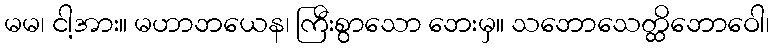
မမ၊ ငါ့အား။ မဟာဘယေန၊ ကြီးစွာသော ဘေးမှ။ သဘောသေတ္ထိဘောဝေါ၊